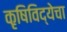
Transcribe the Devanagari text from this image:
कृषिविद्येचा